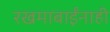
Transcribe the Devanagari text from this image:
रखमाबाईंनाही